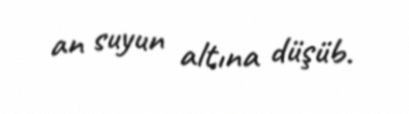
an suyun altına düşüb.